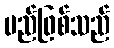
မည်ဖြစ်သည်